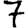
Digit: 7